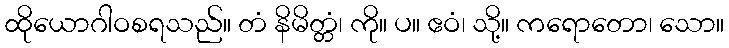
ထိုယောဂါဝစရသည်။ တံ နိမိတ္တံ၊ ကို။ ပ။ ဧဝံ၊ သို့။ ကရောတော၊ သော။